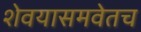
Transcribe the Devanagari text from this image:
शेवयासमवेतच